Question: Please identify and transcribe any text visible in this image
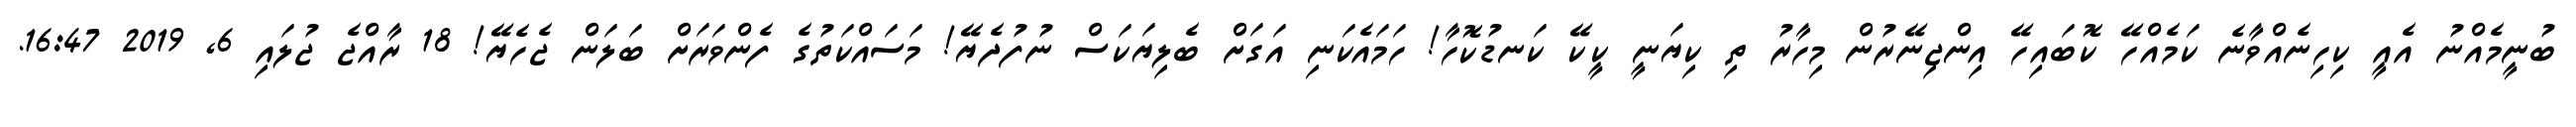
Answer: ބުނީމެއްނު އެއީ ކިހިނެއްވާނެ ކަމެއްހޭ ކޮބައިހޭ އިންޖިނޭރުން މިހާރު ތި ކިޔަނީ ކީކޭ ކަނޑުކޮހާ! ހަމައެކަނި އަގަށް ބެލިޔަކަސް ނުފުދެޔޭ! މަސައްކަތުގެ ފެންވަރަށް ބަލަން ޖެހެޔޭ! 18 ރާއްޖެ ޖުލައި 6, 2019 16:47.